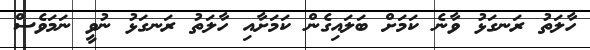
ހާލަތު ރަނގަޅު ވާނެ ކަމަށް ބަލައިގެން ކަމަށާއި ހާލަތު ރަނގަޅު ނުވީ ނަމަވެސް